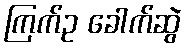
ကြက်ဥ ခေါက်ဆွဲ